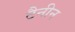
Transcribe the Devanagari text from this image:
टैनीन